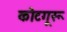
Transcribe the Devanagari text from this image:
कोटगूरू